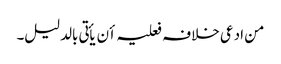
من ادعی خلافہ فعلیہ أن یأتی بالدلیل۔